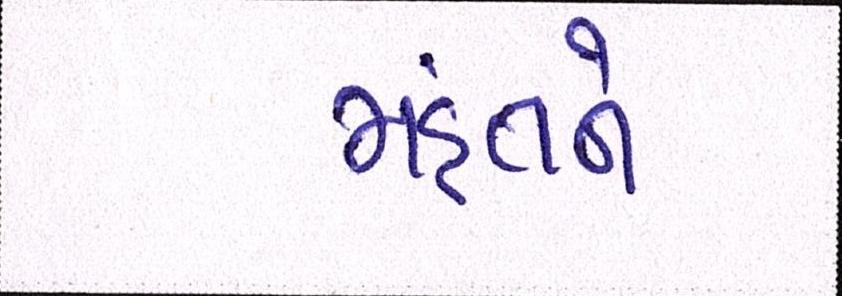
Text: મહંતને